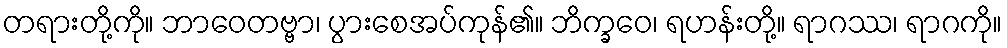
တရားတို့ကို။ ဘာဝေတဗ္ဗာ၊ ပွားစေအပ်ကုန်၏။ ဘိက္ခဝေ၊ ရဟန်းတို့။ ရာဂဿ၊ ရာဂကို။